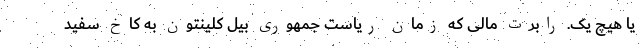
یا هیچ یک. رابرت مالی که زمان ریاست جمهوری بیل کلینتون به کاخ سفید